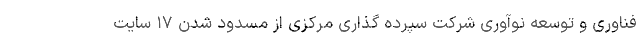
فناوری و توسعه نوآوری شرکت سپرده گذاری مرکزی از مسدود شدن ۱۷ سایت